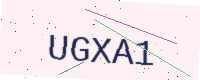
Text: UGXA1